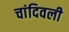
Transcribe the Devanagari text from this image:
चांदिवली